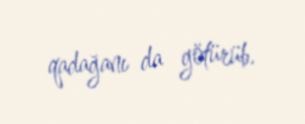
qadağanı da götürüb.